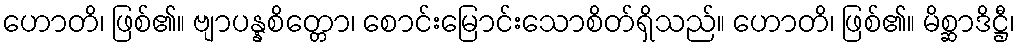
ဟောတိ၊ ဖြစ်၏။ ဗျာပန္နစိတ္တော၊ စောင်းမြောင်းသောစိတ်ရှိသည်။ ဟောတိ၊ ဖြစ်၏။ မိစ္ဆာဒိဋ္ဌီ၊